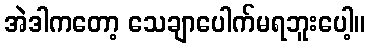
အဲဒါကတော့ သေချာပေါက်မရဘူးပေါ့။